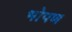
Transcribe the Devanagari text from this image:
भोपण